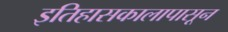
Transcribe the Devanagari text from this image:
इतिहासकालापासून